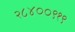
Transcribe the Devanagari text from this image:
२८४००९१९